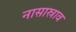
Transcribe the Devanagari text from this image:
नासास्राव